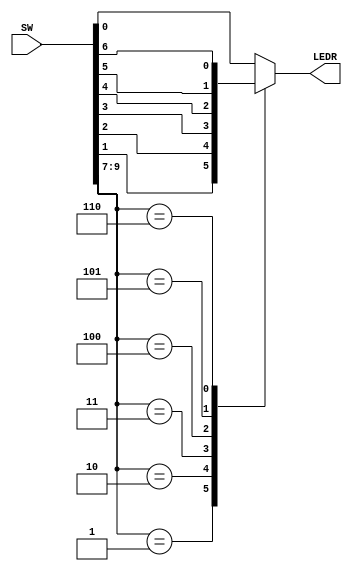
module sevento1(SW, LEDR);
	
	// Inputs and Outputs
	input [9:0] SW;
	output [0:0] LEDR;
	
	// Register variable
	reg O;
	
	// Main body of the code begins here
	always @(*)
	begin
		case(SW[9:7]) // Since 3-Bits are enough to consider all cases
			3'b000: O = SW[0];
			3'b001: O = SW[1];
			3'b010: O = SW[2];
			3'b011: O = SW[3];
			3'b100: O = SW[4];
			3'b101: O = SW[5];
			3'b110: O = SW[6];
			default: O = SW[0];
		endcase
	end
	
	//Assigning the output to LEDR
	assign LEDR[0] = O;

endmodule